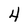
Character: 4